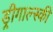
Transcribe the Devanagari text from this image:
ड्रीगाल्स्की